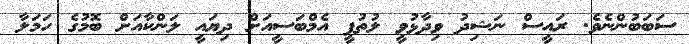
ސަބަބުންނެވެ. ރައީސް ނަޝިދު ވިދާޅުވީ ލުތުފީ އެމްބަސީއަށް ދިޔައީ ލަންކާއަށް ބޮމުގެ ހަމަލާ